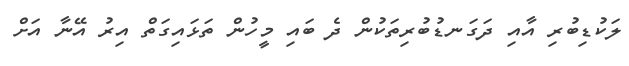
ލަކުޑިބުރި އާއި ދަގަނޑުބުރިތަކުން ދެ ބައި މީހުން ތަޅައިގަތް އިރު އޭނާ އަށް